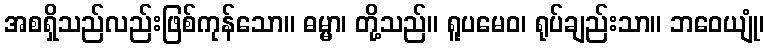
အစရှိသည်လည်းဖြစ်ကုန်သော။ ဓမ္မာ၊ တို့သည်။ ရူပမေဝ၊ ရုပ်ချည်းသာ။ ဘဝေယျုံ၊